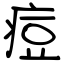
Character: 痘